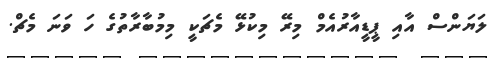
ލަޔަންސް އާއި ޕީޑީއާރުއެމް މިރޭ މިކުޅޭ މެޗަކީ މިމުބާރާތުގެ ހަ ވަނަ މެޗް.